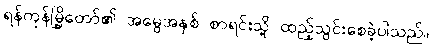
ရန်ကုန်မြို့တော်၏ အမွေအနှစ် စာရင်းသို့ ထည့်သွင်းစေခဲ့ပါသည်။